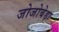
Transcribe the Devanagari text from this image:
जोजोबेड़ा